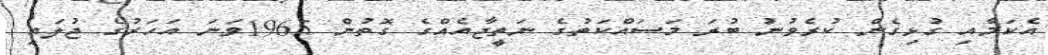
އެކަމާއި ގުޅިގެން ކުރެވުނު ބުރަ މަސައްކަތުގެ ނަތީޖާއެއްގެ ގޮތުން 1965ވަނަ އަހަރުގެ ޖުލައި